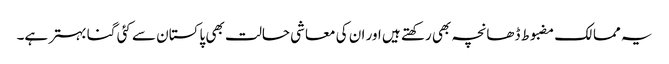
یہ ممالک مضبوط ڈھانچہ بھی رکھتے ہیں اور ان کی معاشی حالت بھی پاکستان سے کئی گنا بہتر ہے۔